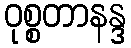
ဝုစ္စတာနန္ဒ